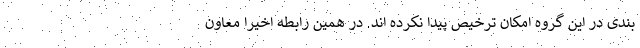
بندی در این گروه امکان ترخیص پیدا نکرده اند. در همین رابطه اخیرا معاون